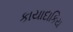
કાયાદાકિય